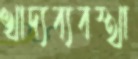
খাদ্যব্যবস্থা